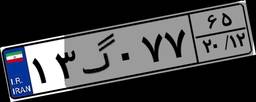
۱۳گ۰۷۷۶۵